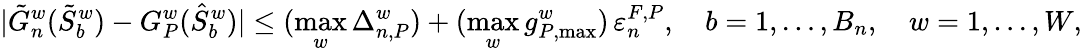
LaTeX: |\tilde{G}_{n}^{w}(\tilde{S}_{b}^{w})-G_{P}^{w}(\hat{S}_{b}^{w})|\leq(\operatorname*{max}_{w}\Delta_{n,P}^{w})+(\operatorname*{max}_{w}g_{P,\operatorname*{max}}^{w})\, \varepsilon_{n}^{F,P},\quad b=1,\dots,B_{n},\quad w=1,\dots,W,